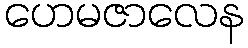
ဟေမဇာလေန